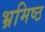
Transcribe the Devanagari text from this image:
भ्रमिष्ठ